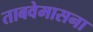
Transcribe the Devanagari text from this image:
ताबवेमासना